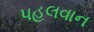
પહલવાન